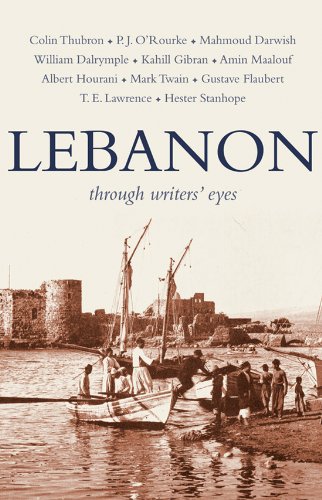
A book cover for Lebanon: Through Writers' Eyes (Through Writers' Eyes); Travel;